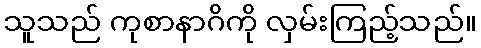
သူသည် ကုစာနာဂိကို လှမ်းကြည့်သည်။